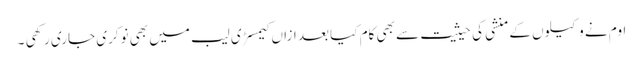
اوم نے وکیلوں کے منشی کی حیثیت سے بھی کام کیا بعد ازاں کیمسڑی لیب میں بھی نوکری جاری رکھی ۔